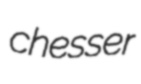
chesser